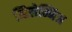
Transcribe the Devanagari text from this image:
व्हिलेम्निअ